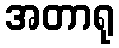
အတာရု